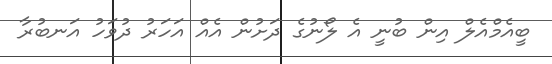
ބީއެމްއެލް އިން ބުނީ އެ ލޯނުގެ ދަށުން އެއް އަހަރު ދުވަހު އަނބުރާ